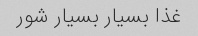
غذا بسیار بسیار شور